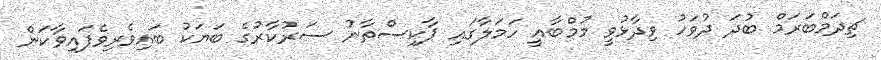
ޗިދަމްބަރަމް ބުދަ ދުވަހު ވިދާޅުވީ މުމްބާއީ ހަމަލާގައި ޕާކިސްތާނު ސަރުކާރުގެ ބަޔަކު ބައިވެރިވެފައިވާކަން